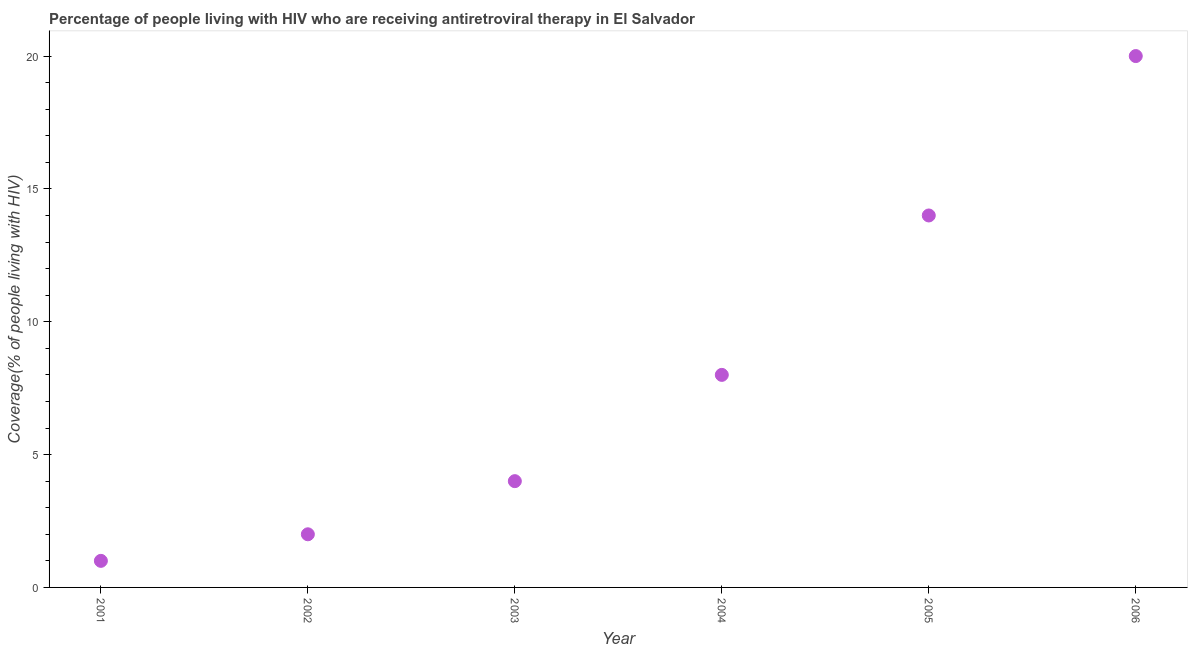
| Year | Antiretroviral therapy coverage |
 | --- | --- |
 | 2001 | 1 |
 | 2002 | 2 |
 | 2003 | 4 |
 | 2004 | 8 |
 | 2005 | 14 |
 | 2006 | 20 |